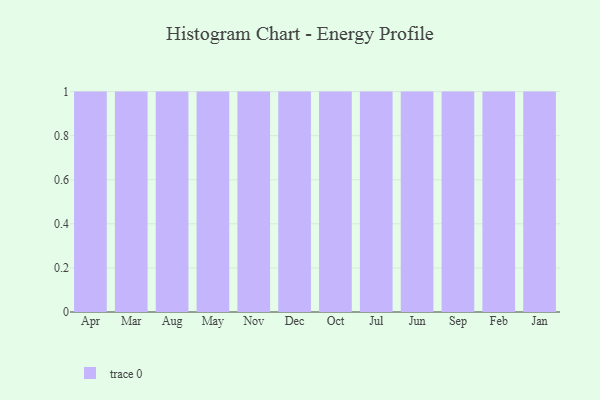
{"axis": {"x": "Month", "y": "Demand Index"}, "legend": [""], "data": [{"x": "Apr", "y": 35, "type": ""}, {"x": "Mar", "y": 53, "type": ""}, {"x": "Aug", "y": 10, "type": ""}, {"x": "May", "y": 100, "type": ""}, {"x": "Nov", "y": 71, "type": ""}, {"x": "Dec", "y": 92, "type": ""}, {"x": "Oct", "y": 49, "type": ""}, {"x": "Jul", "y": 40, "type": ""}, {"x": "Jun", "y": 18, "type": ""}, {"x": "Sep", "y": 87, "type": ""}, {"x": "Feb", "y": 40, "type": ""}, {"x": "Jan", "y": 5, "type": ""}]}